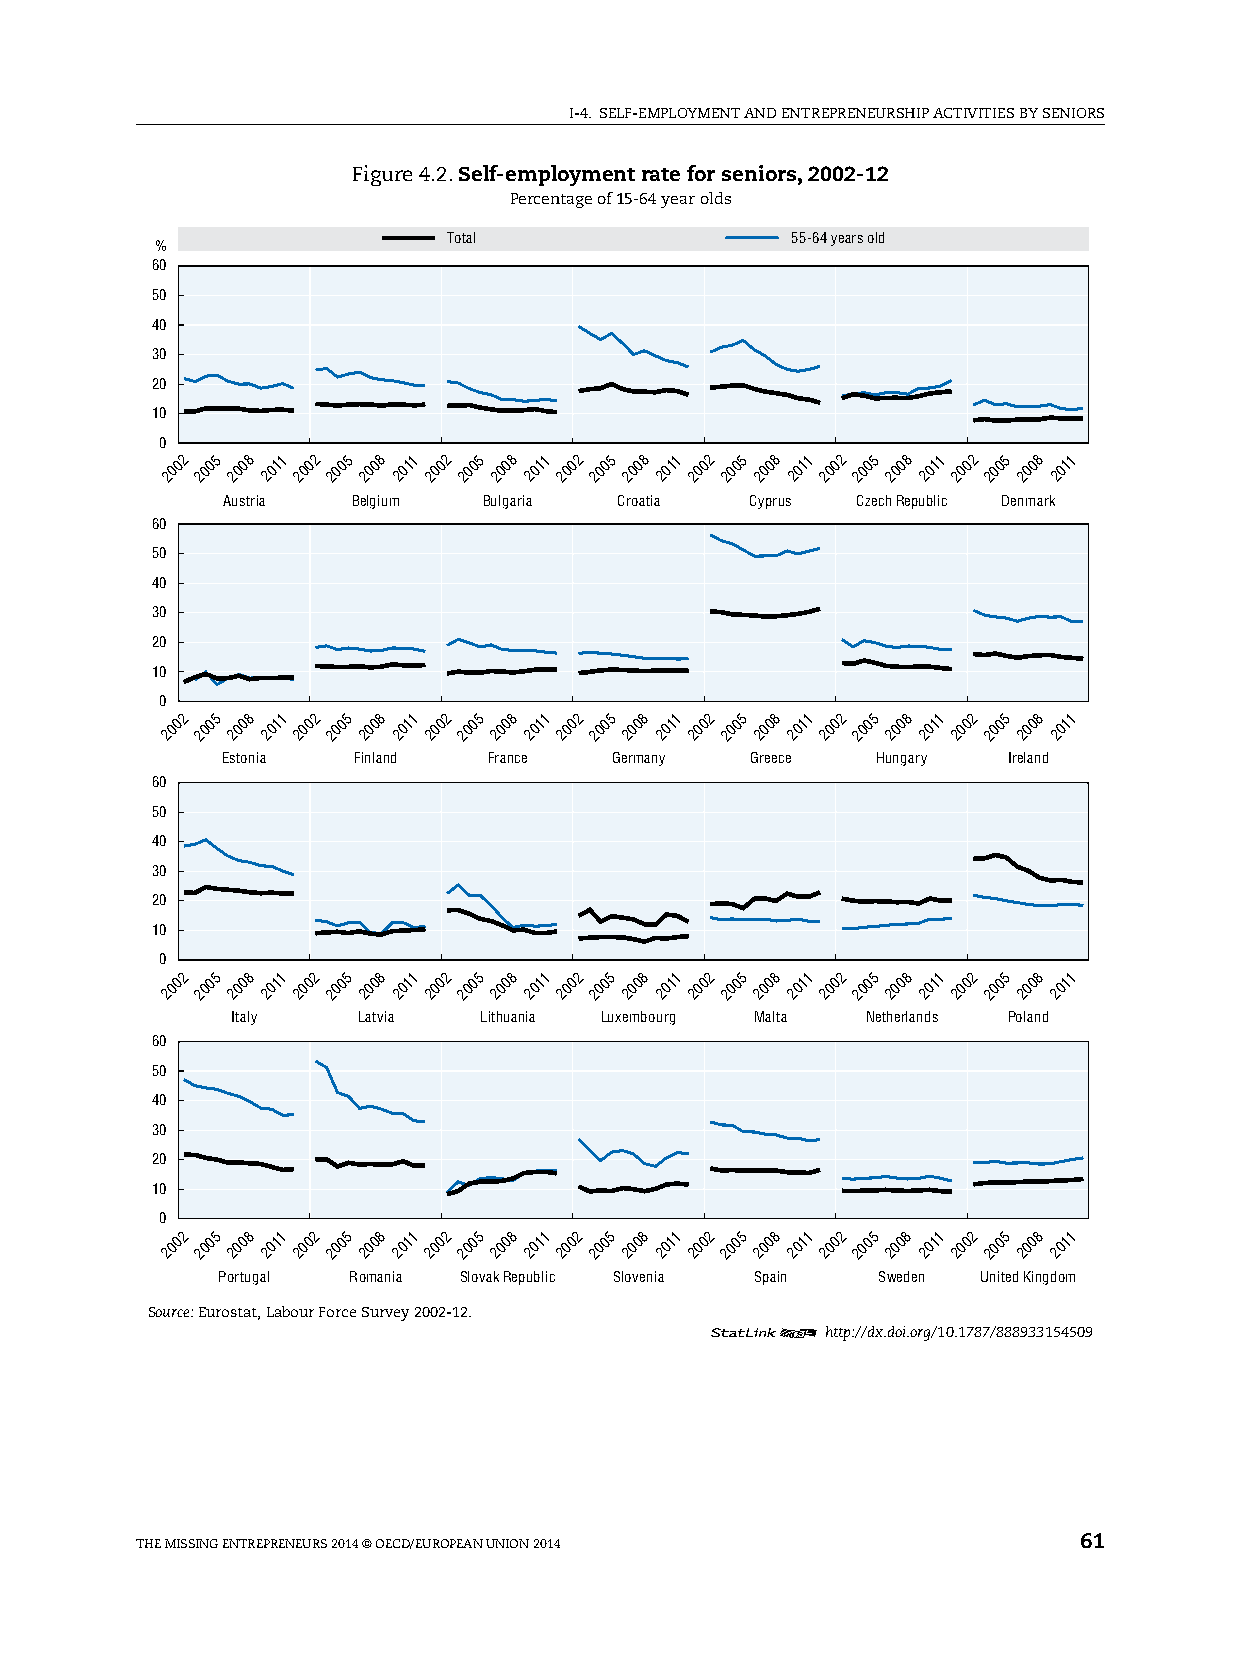
I-4. sElF-EMplOyMENT AND ENTREpRENEURshIp ACTIvITIEs By sENIORs
 Figure 4.2. Self-employment rate for seniors, 2002-12
 percentage of 15-64 year olds
 Total                 55-64 years old
 %
 60
 50
 40
 30
 20
 10
 0
 2002 2005 2008 2011 2002 2005 2008 2011 2002 2005 2008 2011 2002 2005 2008 2011 2002 2005 2008 2011 2002 2005 2008 2011 2002 2005 2008 2011
 Austria Belgium  Bulgaria Croatia  Cyprus Czech Republic Denmark
 60
 50
 40
 30
 20
 10
 0
 2002 2005 2008 2011 2002 2005 2008 2011 2002 2005 2008 2011 2002 2005 2008 2011 2002 2005 2008 2011 2002 2005 2008 2011 2002 2005 2008 2011
 Estonia Finland  France  Germany   Greece  Hungary  Ireland
 60
 50
 40
 30
 20
 10
 0
 2002 2005 2008 2011 2002 2005 2008 2011 2002 2005 2008 2011 2002 2005 2008 2011 2002 2005 2008 2011 2002 2005 2008 2011 2002 2005 2008 2011
 Italy    Latvia  Lithuania Luxembourg Malta Netherlands Poland
 60
 50
 40
 30
 20
 10
 0
 2002 2005 2008 2011 2002 2005 2008 2011 2002 2005 2008 2011 2002 2005 2008 2011 2002 2005 2008 2011 2002 2005 2008 2011 2002 2005 2008 2011
 Portugal Romania Slovak Republic Slovenia Spain Sweden United Kingdom
 Source: Eurostat, labour Force survey 2002-12.
 12      http://dx.doi.org/10.1787/888933154509
 ThE MIssING ENTREpRENEURs 2014 © OECD/EUROpEAN UNION 2014     61